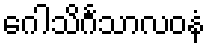
ဂေါသိင်္ဂသာလဝနံ